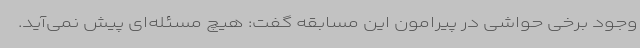
وجود برخی حواشی در پیرامون این مسابقه گفت: هیچ مسئله‌ای پیش نمی‌آید.